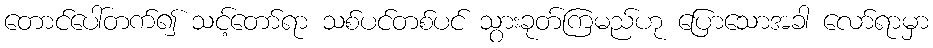
တောင်ပေါ်တက်၍ သင့်တော်ရာ သစ်ပင်တစ်ပင် သွားခုတ်ကြမည်ဟု ပြောသောအခါ လော်ရာမှာ